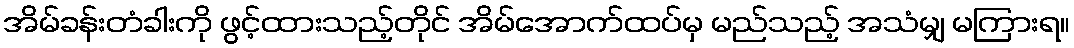
အိမ်ခန်းတံခါးကို ဖွင့်ထားသည့်တိုင် အိမ်အောက်ထပ်မှ မည်သည့် အသံမျှ မကြားရ။